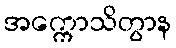
အက္ကောသိတွာန